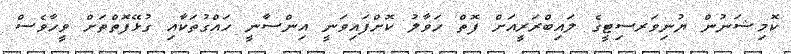
ކޮމިޝަނުން ޔުނިވަރސިޓީގެ ލައިބްރަރީއަށް ފޮތް ހަވާލު ކޮށްފައިވަނީ އިންސާނީ ހައްގުތަކާއި ގުޅޭފޮތްތަށް ވީހާވެސް